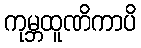
ကုမ္ဘထူဏိကာပိ